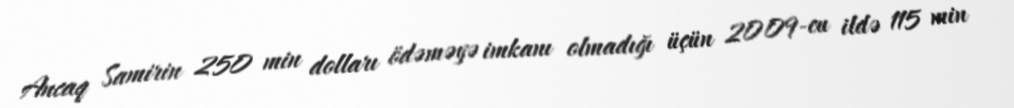
Ancaq Samirin 250 min dolları ödəməyə imkanı olmadığı üçün 2009-cu ildə 115 min